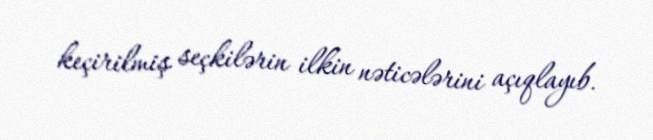
keçirilmiş seçkilərin ilkin nəticələrini açıqlayıb.